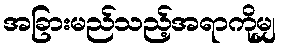
အခြားမည်သည့်အရာကိုမျှ